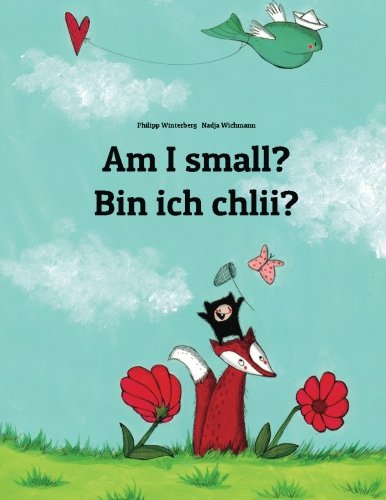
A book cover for Am I small? Bin ich chlii?: Children's Picture Book English-Swiss German (Bilingual Edition); Philipp Winterberg; Children's Books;